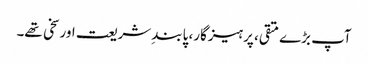
آپ بڑے متقی، پرہیزگار، پابندِ شریعت اور سخی تھے۔